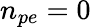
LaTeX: n_{pe}=0